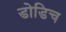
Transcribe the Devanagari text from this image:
डोडिच